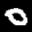
Label: 0